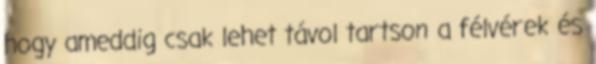
hogy ameddig csak lehet távol tartson a félvérek és